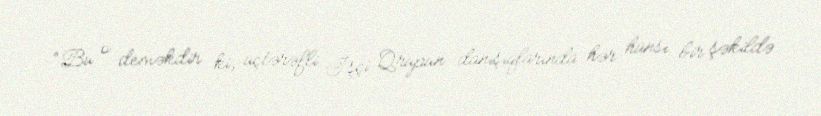
“Bu o deməkdir ki, üçtərəfli İşçi Qrupun danışıqlarında hər hansı bir şəkildə